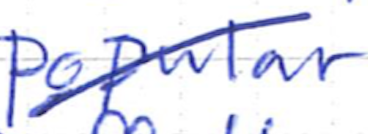
Text: popular
Cross-out: mix
Writing tool: ballpoint